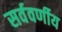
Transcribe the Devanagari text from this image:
सर्ववर्णीय